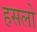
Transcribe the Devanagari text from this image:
हसलो